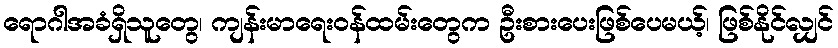
ရောဂါအခံရှိသူတွေ၊ ကျန်းမာရေးဝန်ထမ်းတွေက ဦးစားပေးဖြစ်ပေမယ့်၊ ဖြစ်နိုင်လျှင်